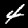
Digit: 4